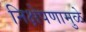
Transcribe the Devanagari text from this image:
निक्षेपणामुळे